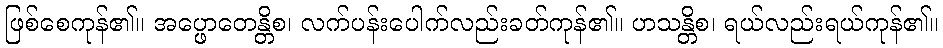
ဖြစ်စေကုန်၏။ အပ္ဖောတေန္တိစ၊ လက်ပန်းပေါက်လည်းခတ်ကုန်၏။ ဟသန္တိစ၊ ရယ်လည်းရယ်ကုန်၏။